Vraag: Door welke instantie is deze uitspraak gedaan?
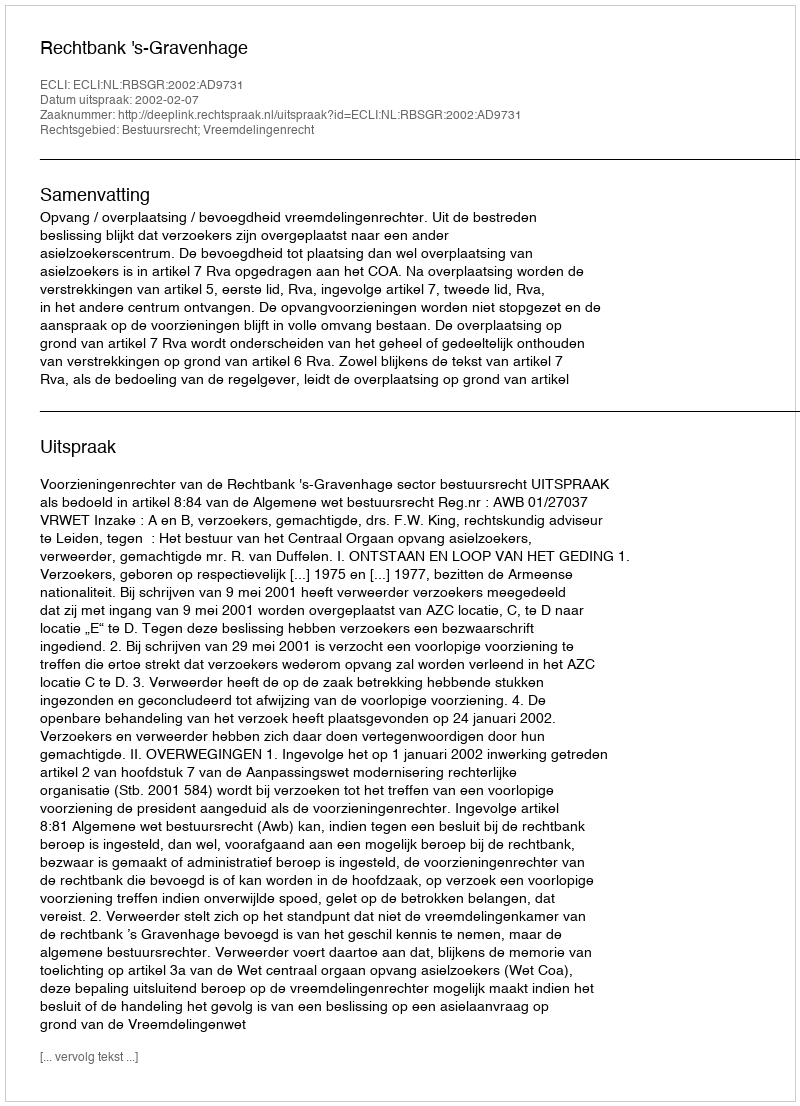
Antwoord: Rechtbank 's-Gravenhage